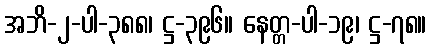
အဘိ-၂-ပါ-၃၈၈၊ ဋ္ဌ-၃၉၆။ နေတ္တ-ပါ-၁၉၊ ဋ္ဌ-၇၈။